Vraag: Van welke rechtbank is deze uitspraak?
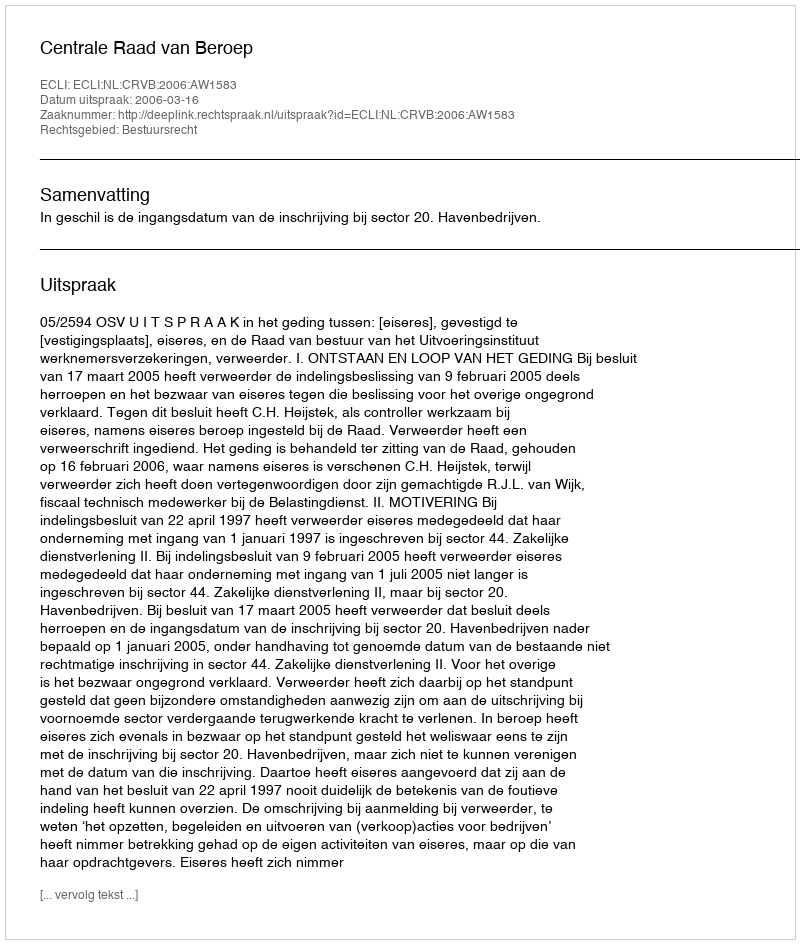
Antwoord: Centrale Raad van Beroep